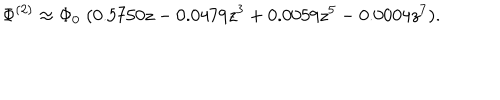
\Phi ^ { ( 2 ) } \approx \Phi _ { 0 } \; ( 0 . 5 7 5 0 z - 0 . 0 4 7 9 z ^ { 3 } + 0 . 0 0 5 9 z ^ { 5 } - 0 . 0 0 0 4 z ^ { 7 } ) .